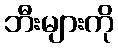
ဘီးများကို